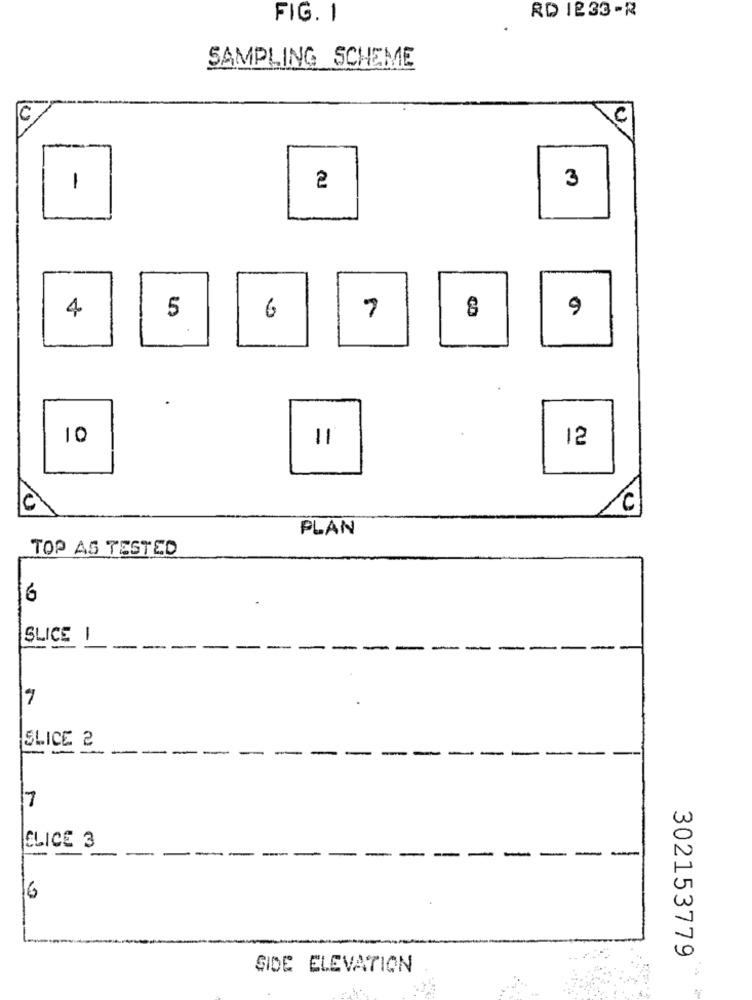
RD 1233 -R
FIG. 1
SAMPLING SCHEME
C
C
3
1
2
4
5
6
7
9
10
11
12
/C
PLAN
TOP AS TESTED
16
SLICE 1
-
7
.
SLICE 2
-
-
--
-
-
-
-
-
7
CLICE 3
-
-
16
302153779
SIDE ELEVATION